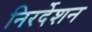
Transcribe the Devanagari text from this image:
निरर्देशन